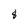
Character: 8